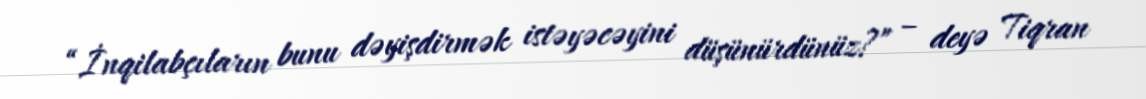
“İnqilabçıların bunu dəyişdirmək istəyəcəyini düşünürdünüz?” – deyə Tiqran